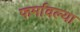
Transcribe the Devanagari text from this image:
फर्मावल्या